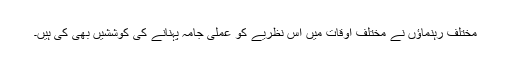
مختلف رہنماؤں نے مختلف اوقات میں اس نظریے کو عملی جامہ پہنانے کی کوششیں بھی کی ہیں۔